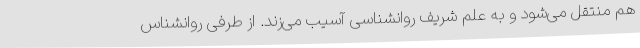
هم منتقل می‌شود و به علم شریف روانشناسی آسیب می‌زند. از طرفی روانشناس